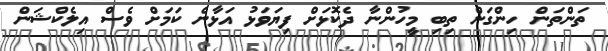
ތަންތަން ހިންގަން ތިބި މީހުންނާ ދެކޮޅަށް ފިޔަވަޅު އަޅާނެ ކަމަށް ވެސް އިލެކްޝަން